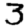
Digit: 3